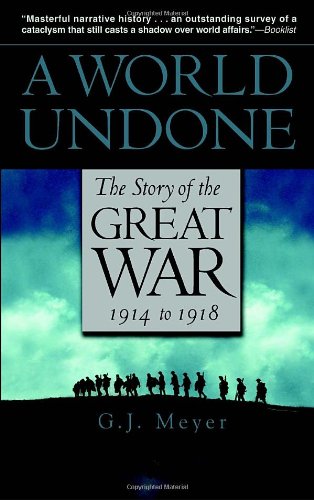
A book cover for A World Undone: The Story of the Great War, 1914 to 1918; G.J. Meyer; History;